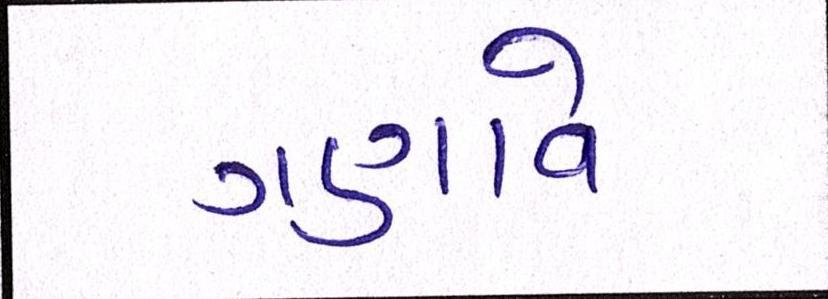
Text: ગણાવે